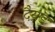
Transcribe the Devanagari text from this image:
दैयड